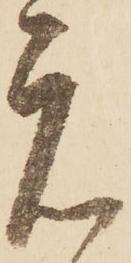
元